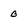
Character: b